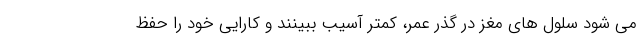
می شود سلول های مغز در گذر عمر، کمتر آسیب ببینند و کارایی خود را حفظ